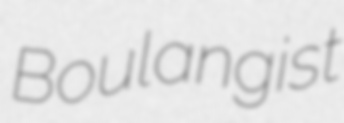
Boulangist